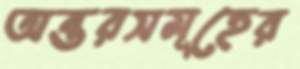
অন্তরসমূহের